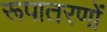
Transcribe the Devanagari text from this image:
रूपातरणों